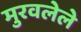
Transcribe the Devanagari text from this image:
मुरवलेले